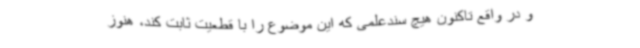
و در واقع تاکنون هیچ سندعلمی که این موضوع را با قطعیت ثابت کند، هنوز